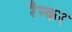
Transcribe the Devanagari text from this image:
रैन्कर